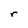
Character: r